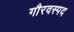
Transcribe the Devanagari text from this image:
गौरवस्पद